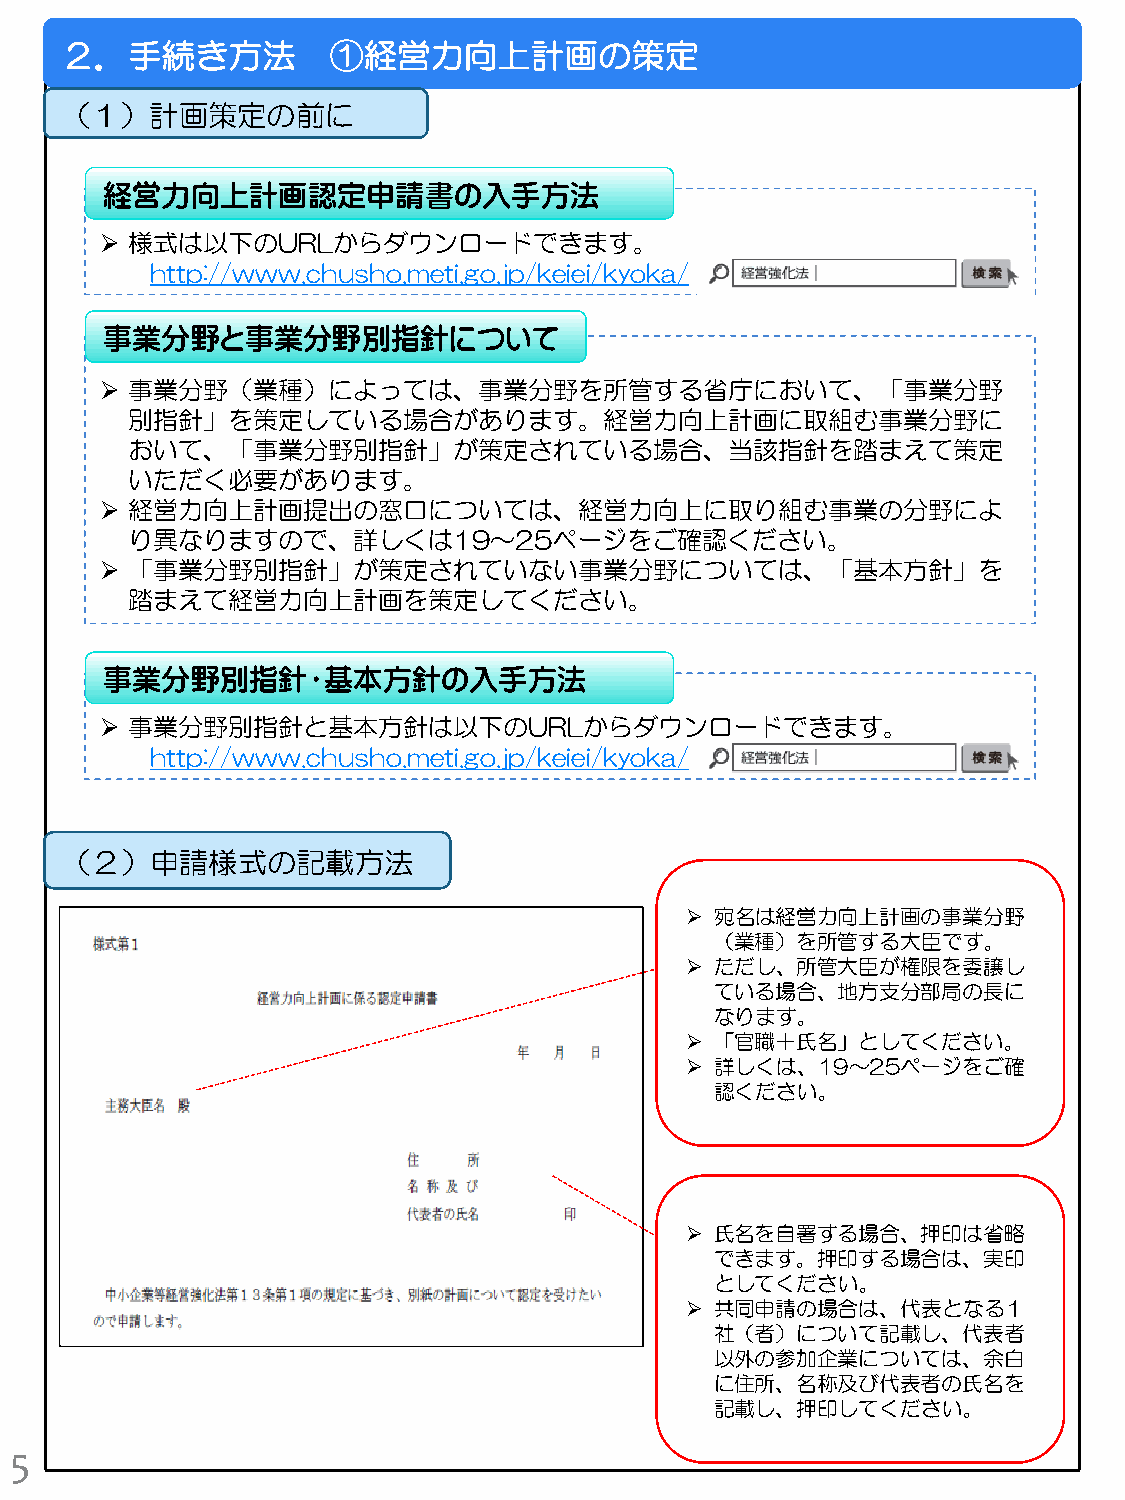
２．手続き方法           ①経営力向上計画の策定
 （１）計画策定の前に
 経営力向上計画認定申請書の入手方法
  様式は以下のURLからダウンロードできます。
 http://www.chusho.meti.go.jp/keiei/kyoka/
 事業分野と事業分野別指針について
  事業分野（業種）によっては、事業分野を所管する省庁において、「事業分野
 別指針」を策定している場合があります。経営力向上計画に取組む事業分野に
 おいて、「事業分野別指針」が策定されている場合、当該指針を踏まえて策定
 いただく必要があります。
  経営力向上計画提出の窓口については、経営力向上に取り組む事業の分野によ
 り異なりますので、詳しくは19～25ページをご確認ください。
  「事業分野別指針」が策定されていない事業分野については、「基本方針」を
 踏まえて経営力向上計画を策定してください。
 事業分野別指針・基本方針の入手方法
  事業分野別指針と基本方針は以下のURLからダウンロードできます。
 http://www.chusho.meti.go.jp/keiei/kyoka/
 （２）申請様式の記載方法
  宛名は経営力向上計画の事業分野
 （業種）を所管する大臣です。
  ただし、所管大臣が権限を委譲し
 ている場合、地方支分部局の長に
 なります。
  「官職＋氏名」としてください。
  詳しくは、19～25ページをご確
 認ください。
  氏名を自署する場合、押印は省略
 できます。押印する場合は、実印
 としてください。
  共同申請の場合は、代表となる１
 社（者）について記載し、代表者
 以外の参加企業については、余白
 に住所、名称及び代表者の氏名を
 記載し、押印してください。
 5